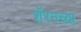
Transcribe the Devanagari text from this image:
शॅरनच्या